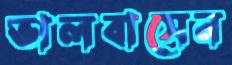
ভালবাসেন